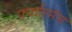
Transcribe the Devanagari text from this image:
र्फ्फारमेंस